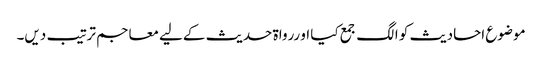
موضوع احادیث کو الگ جمع کیا او ررواۃ حدیث کےلیے معاجم ترتیب دیں۔